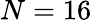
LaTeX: N=16